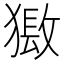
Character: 𤡏